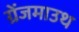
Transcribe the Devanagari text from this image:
ग्रेंजमाउथ